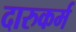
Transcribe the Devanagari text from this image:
दारुकर्म